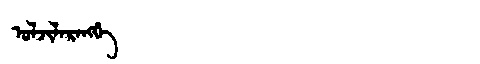
Manchu: ᠣᠯᠵᡳᠯᠠᡵᠠᠩᡤᡝ
Romanization: OLJILARANGGE